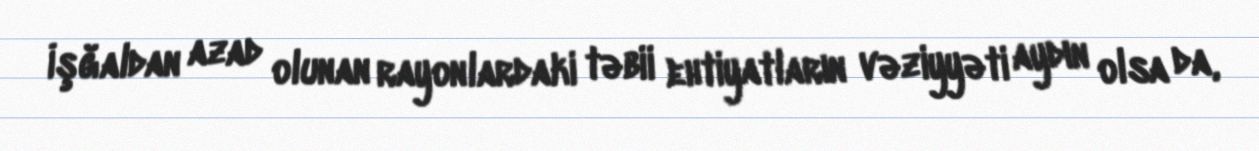
İşğaldan azad olunan rayonlardaki təbii ehtiyatların vəziyyəti aydın olsa da,